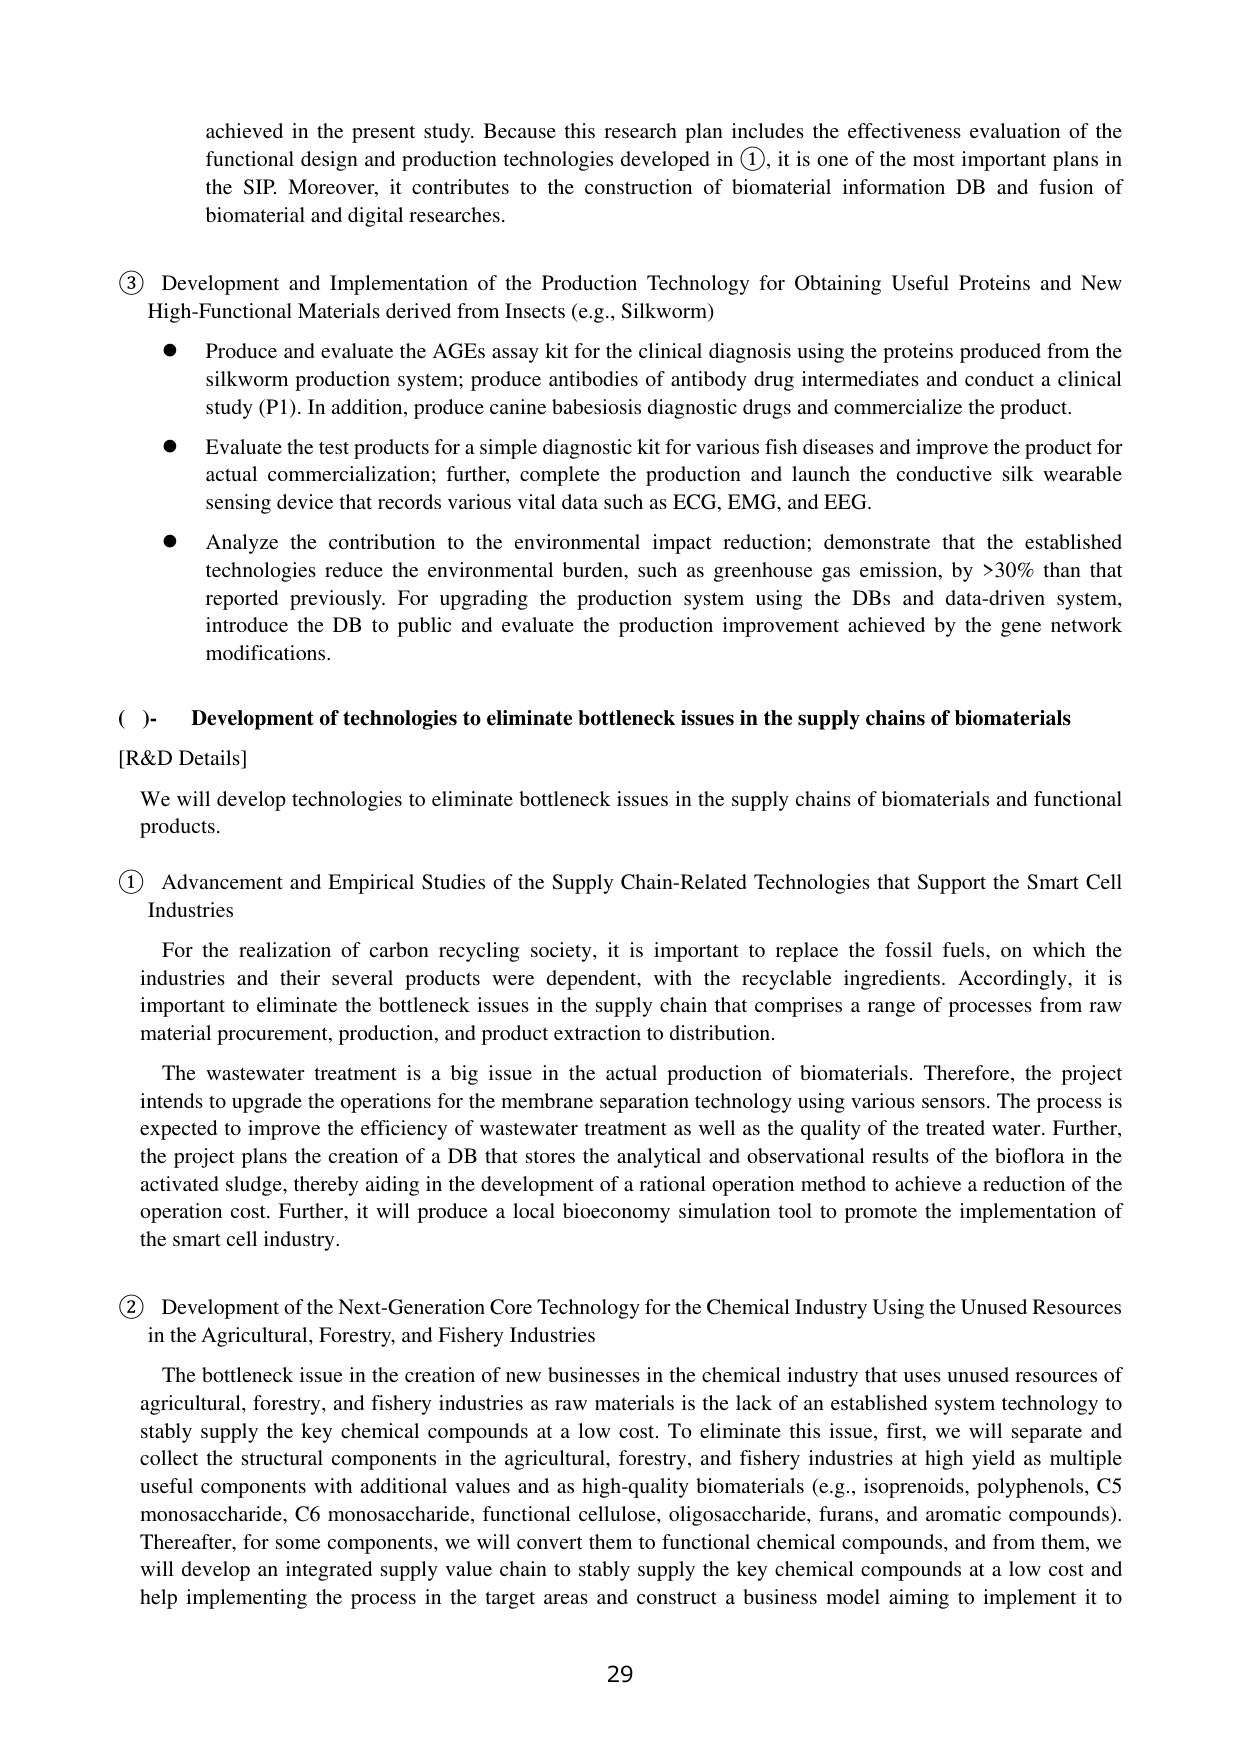
achieved in the present study. Because this research plan includes the effectiveness evaluation of the functional design and production technologies developed in ①, it is one of the most important plans in the SIP. Moreover, it contributes to the construction of biomaterial information DB and fusion of biomaterial and digital researches.

③ Development and Implementation of the Production Technology for Obtaining Useful Proteins and New High-Functional Materials derived from Insects (e.g., Silkworm)
● Produce and evaluate the AGEs assay kit for the clinical diagnosis using the proteins produced from the silkworm production system; produce antibodies of antibody drug intermediates and conduct a clinical study (P1). In addition, produce canine babesiosis diagnostic drugs and commercialize the product.
● Evaluate the test products for a simple diagnostic kit for various fish diseases and improve the product for actual commercialization; further, complete the production and launch the conductive silk wearable sensing device that records various vital data such as ECG, EMG, and EEG.
● Analyze the contribution to the environmental impact reduction; demonstrate that the established technologies reduce the environmental burden, such as greenhouse gas emission, by >30% than that reported previously. For upgrading the production system using the DBs and data-driven system, introduce the DB to public and evaluate the production improvement achieved by the gene network modifications.

( )- Development of technologies to eliminate bottleneck issues in the supply chains of biomaterials
[R&D Details]
We will develop technologies to eliminate bottleneck issues in the supply chains of biomaterials and functional products.

① Advancement and Empirical Studies of the Supply Chain-Related Technologies that Support the Smart Cell Industries
For the realization of carbon recycling society, it is important to replace the fossil fuels, on which the industries and their several products were dependent, with the recyclable ingredients. Accordingly, it is important to eliminate the bottleneck issues in the supply chain that comprises a range of processes from raw material procurement, production, and product extraction to distribution.
The wastewater treatment is a big issue in the actual production of biomaterials. Therefore, the project intends to upgrade the operations for the membrane separation technology using various sensors. The process is expected to improve the efficiency of wastewater treatment as well as the quality of the treated water. Further, the project plans the creation of a DB that stores the analytical and observational results of the bioflora in the activated sludge, thereby aiding in the development of a rational operation method to achieve a reduction of the operation cost. Further, it will produce a local bioeconomy simulation tool to promote the implementation of the smart cell industry.

② Development of the Next-Generation Core Technology for the Chemical Industry Using the Unused Resources in the Agricultural, Forestry, and Fishery Industries
The bottleneck issue in the creation of new businesses in the chemical industry that uses unused resources of agricultural, forestry, and fishery industries as raw materials is the lack of an established system technology to stably supply the key chemical compounds at a low cost. To eliminate this issue, first, we will separate and collect the structural components in the agricultural, forestry, and fishery industries at high yield as multiple useful components with additional values and as high-quality biomaterials (e.g., isoprenoids, polyphenols, C5 monosaccharide, C6 monosaccharide, functional cellulose, oligosaccharide, furans, and aromatic compounds). Thereafter, for some components, we will convert them to functional chemical compounds, and from them, we will develop an integrated supply value chain to stably supply the key chemical compounds at a low cost and help implementing the process in the target areas and construct a business model aiming to implement it to

29